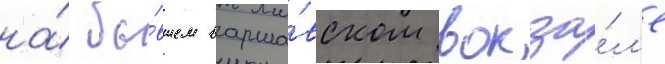
на́ бы́вшем варша́вском вокза́л'е